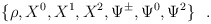
\begin{align*}\{\rho, X^0, X^1, X^2, \Psi^{\pm}, \Psi^0, \Psi^2\}~~.\end{align*}